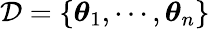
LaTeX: \mathcal{D}=\{ \boldsymbol{\theta}_{1},\cdots,\boldsymbol{\theta}_{n}\}